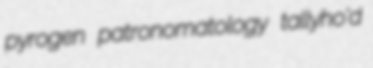
pyrogen patronomatology tallyho'd